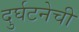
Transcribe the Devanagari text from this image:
दुर्घटनेची